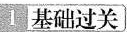
Ⅰ基础过关〕